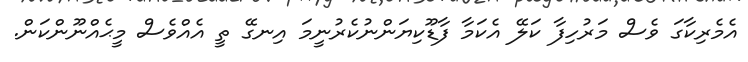
އެމެރިކާގަ ވެސް މަރުހިފާ ކަލޭ އެކަމާ ފާޑޫކިޔަންނުކެރުނީމަ އިނގޭ ތީ އެއްވެސް މީޙެއްނޫންކަން.